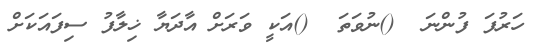
ހަރުފަ ފުންނަ  ()ނުވަތަ  ()އަކީ ވަރަށް އާދަޔާ ޚިލާފު ސިފައަކަށް